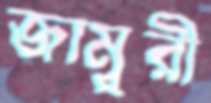
জাম্বুরী